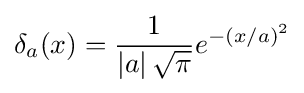
\delta _{a}(x)={\frac {1}{\left|a\right|{\sqrt {\pi }}}}e^{-(x/a)^{2}}